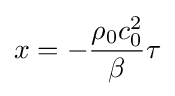
x=-{\frac {\rho _{0}c_{0}^{2}}{\beta }}\tau